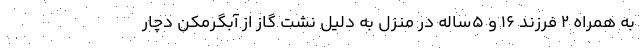
به همراه ۲ فرزند ۱۶ و ۵ساله در منزل به دلیل نشت گاز از آبگرمکن دچار